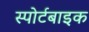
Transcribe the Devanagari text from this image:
स्पोर्टबाइक